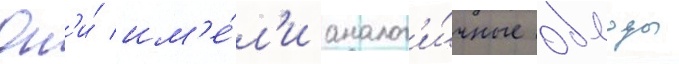
Он'и́ им'е́л'и аналог'и́чные обводы